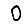
Digit: 0